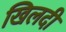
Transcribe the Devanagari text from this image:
खिलदी